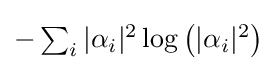
{\textstyle -\sum _{i}|\alpha _{i}|^{2}\log \left(|\alpha _{i}|^{2}\right)}